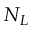
N _ { L }